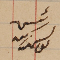
رئيس يوسف زينه